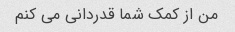
من از کمک شما قدردانی می کنم